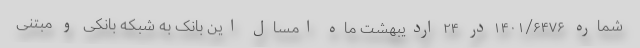
شماره ۱۴۰۱/۶۴۷۶در ۲۴ اردیبهشت ماه امسال این بانک به شبکه بانکی و مبتنی